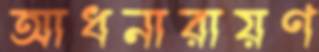
আধনারায়ণ